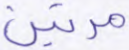
مرتين